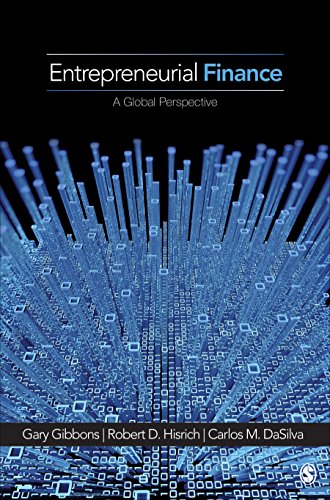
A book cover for Entrepreneurial Finance: A Global Perspective; Gary E. (Eugene) Gibbons; Business & Money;